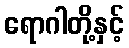
ရောဂါတို့နှင့်